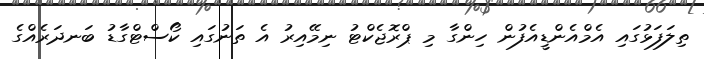
ތިލަފަޅުގައި އެމްއެންޑީއެފުން ހިންގާ މި ޕްރޮޖެކްޓު ނިމޭއިރު އެ ތަނުގައި ކޯސްޓްގާޑު ބަނދަރެއްގެ